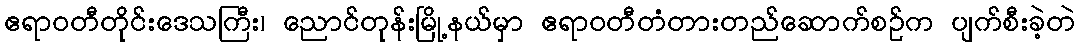
ဧရာဝတီတိုင်းဒေသကြီး၊ ညောင်တုန်းမြို့နယ်မှာ ဧရာဝတီတံတားတည်ဆောက်စဉ်က ပျက်စီးခဲ့တဲ